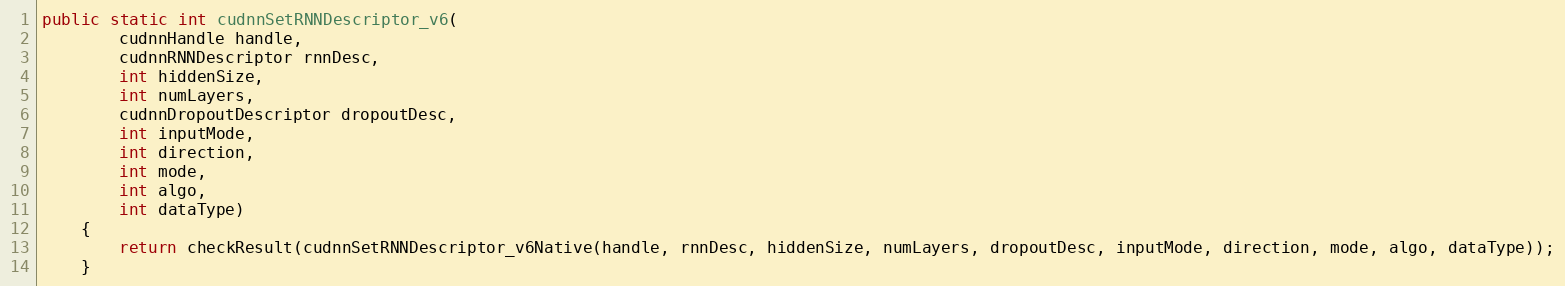
Language: Java
public static int cudnnSetRNNDescriptor_v6(
        cudnnHandle handle,
        cudnnRNNDescriptor rnnDesc,
        int hiddenSize,
        int numLayers,
        cudnnDropoutDescriptor dropoutDesc,
        int inputMode,
        int direction,
        int mode,
        int algo,
        int dataType)
    {
        return checkResult(cudnnSetRNNDescriptor_v6Native(handle, rnnDesc, hiddenSize, numLayers, dropoutDesc, inputMode, direction, mode, algo, dataType));
    }